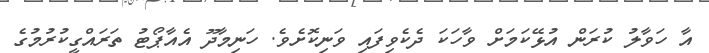
އާ ހަވާލު ކުރަން އުޅޭކަމަށް ވާހަކަ ދެކެވިފައި ވަނިކޮށެވެ. ހަނިމާދޫ އެއާޕޯޓު ތަރައްގީކުރުމުގެ